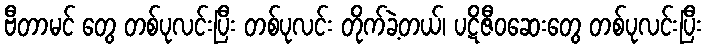
ဗီတာမင် တွေ တစ်ပုလင်းပြီး တစ်ပုလင်း တိုက်ခဲ့တယ်၊ ပဋိဇီဝဆေးတွေ တစ်ပုလင်းပြီး